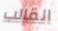
القالب